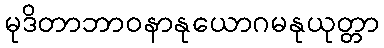
မုဒိတာဘာဝနာနုယောဂမနုယုတ္တာ